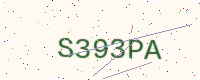
Text: S393PA